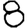
Digit: 8